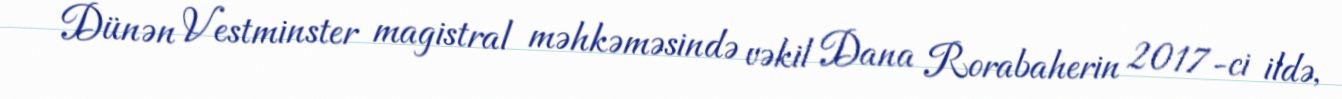
Dünən Vestminster magistral məhkəməsində vəkil Dana Rorabaherin 2017-ci ildə,